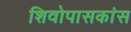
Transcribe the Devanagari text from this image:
शिवोपासकांस